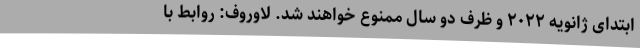
ابتدای ژانویه ۲۰۲۲ و ظرف دو سال ممنوع خواهند شد. لاوروف: روابط با